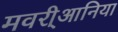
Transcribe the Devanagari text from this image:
मवरी्आनिया